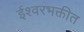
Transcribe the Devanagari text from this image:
ईश्वरभक्तीत